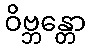
ဝိဗ္ဘန္တော